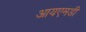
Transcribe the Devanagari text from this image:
आयएमडी